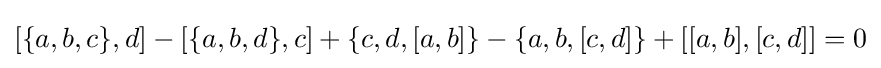
[\{a,b,c\},d]-[\{a,b,d\},c]+\{c,d,[a,b]\}-\{a,b,[c,d]\}+[[a,b],[c,d]]=0